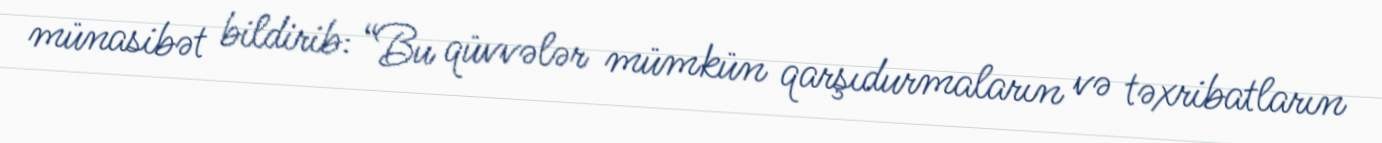
münasibət bildirib: “Bu qüvvələr mümkün qarşıdurmaların və təxribatların